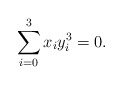
\begin{align*}\sum_{i=0}^3 x_iy_i^3=0.\end{align*}